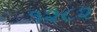
૧૨૮૨